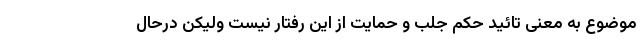
موضوع به معنی تائید حکم جلب و حمایت از این رفتار نیست ولیکن درحال